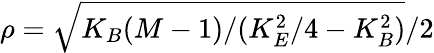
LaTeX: \rho=\sqrt{K_{B}(M-1)/(K_{E}^{2}/4-K_{B}^{2})}/2